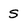
Character: s